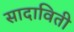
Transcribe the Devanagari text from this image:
सादाविती